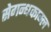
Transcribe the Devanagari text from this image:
सेगन्धकाम्ल